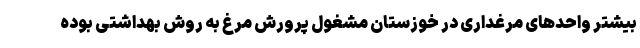
بیشتر واحدهای مرغداری در خوزستان مشغول پرورش مرغ به روش بهداشتی بوده